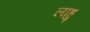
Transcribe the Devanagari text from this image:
लाहु